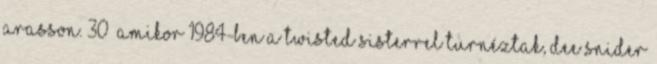
arasson. 30 Amikor 1984-ben a Twisted Sisterrel turnéztak, Dee Snider